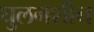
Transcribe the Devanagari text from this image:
घुलनशीन